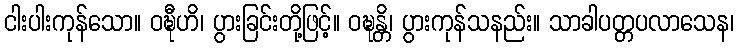
ငါးပါးကုန်သော။ ဝဍ္ဎီဟိ၊ ပွားခြင်းတို့ဖြင့်။ ဝဍ္ဎန္တိ၊ ပွားကုန်သနည်း။ သာခါပတ္တပလာသေန၊